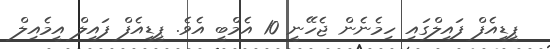
ޕީޑީއެފް ފައިލްގައި ހިމެނެން ޖެހޭނީ 10 އެމްބީ އެވެ. ޕީޑީއެފް ފައިލް އީމެއިލް